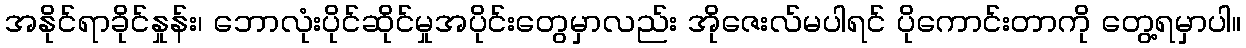
အနိုင်ရာခိုင်နှုန်း၊ ဘောလုံးပိုင်ဆိုင်မှုအပိုင်းတွေမှာလည်း အိုဇေးလ်မပါရင် ပိုကောင်းတာကို တွေ့ရမှာပါ။